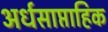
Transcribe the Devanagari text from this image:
अर्धसाप्ताहिक